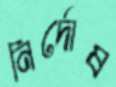
নির্দোষ